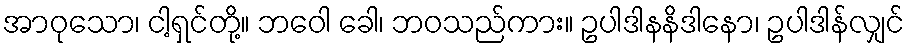
အာဝုသော၊ ငါ့ရှင်တို့။ ဘဝေါ ခေါ၊ ဘဝသည်ကား။ ဥပါဒါနနိဒါနော၊ ဥပါဒါန်လျှင်